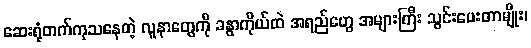
ဆေးရုံတက်ကုသနေတဲ့ လူနာတွေကို ခန္ဓာကိုယ်ထဲ အရည်တွေ အများကြီး သွင်းပေးတာမျိုး၊